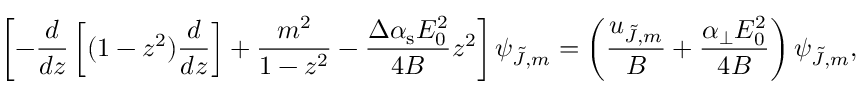
\left[ - \frac { d } { d z } \left[ ( 1 - z ^ { 2 } ) \frac { d } { d z } \right] + \frac { m ^ { 2 } } { 1 - z ^ { 2 } } - \frac { \Delta \alpha _ { \mathrm { s } } E _ { 0 } ^ { 2 } } { 4 B } z ^ { 2 } \right] \psi _ { \tilde { J } , m } = \left( \frac { u _ { \tilde { J } , m } } { B } + \frac { \alpha _ { \perp } E _ { 0 } ^ { 2 } } { 4 B } \right) \psi _ { \tilde { J } , m } ,